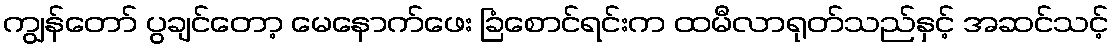
ကျွန်တော် ပွချင်တော့ မေနောက်ဖေး ခြံစောင်ရင်းက ထမီလာရုတ်သည်နှင့် အဆင်သင့်